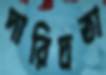
দারিদ্রতা